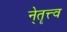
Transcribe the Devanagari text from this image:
ने्तॄत्त्व